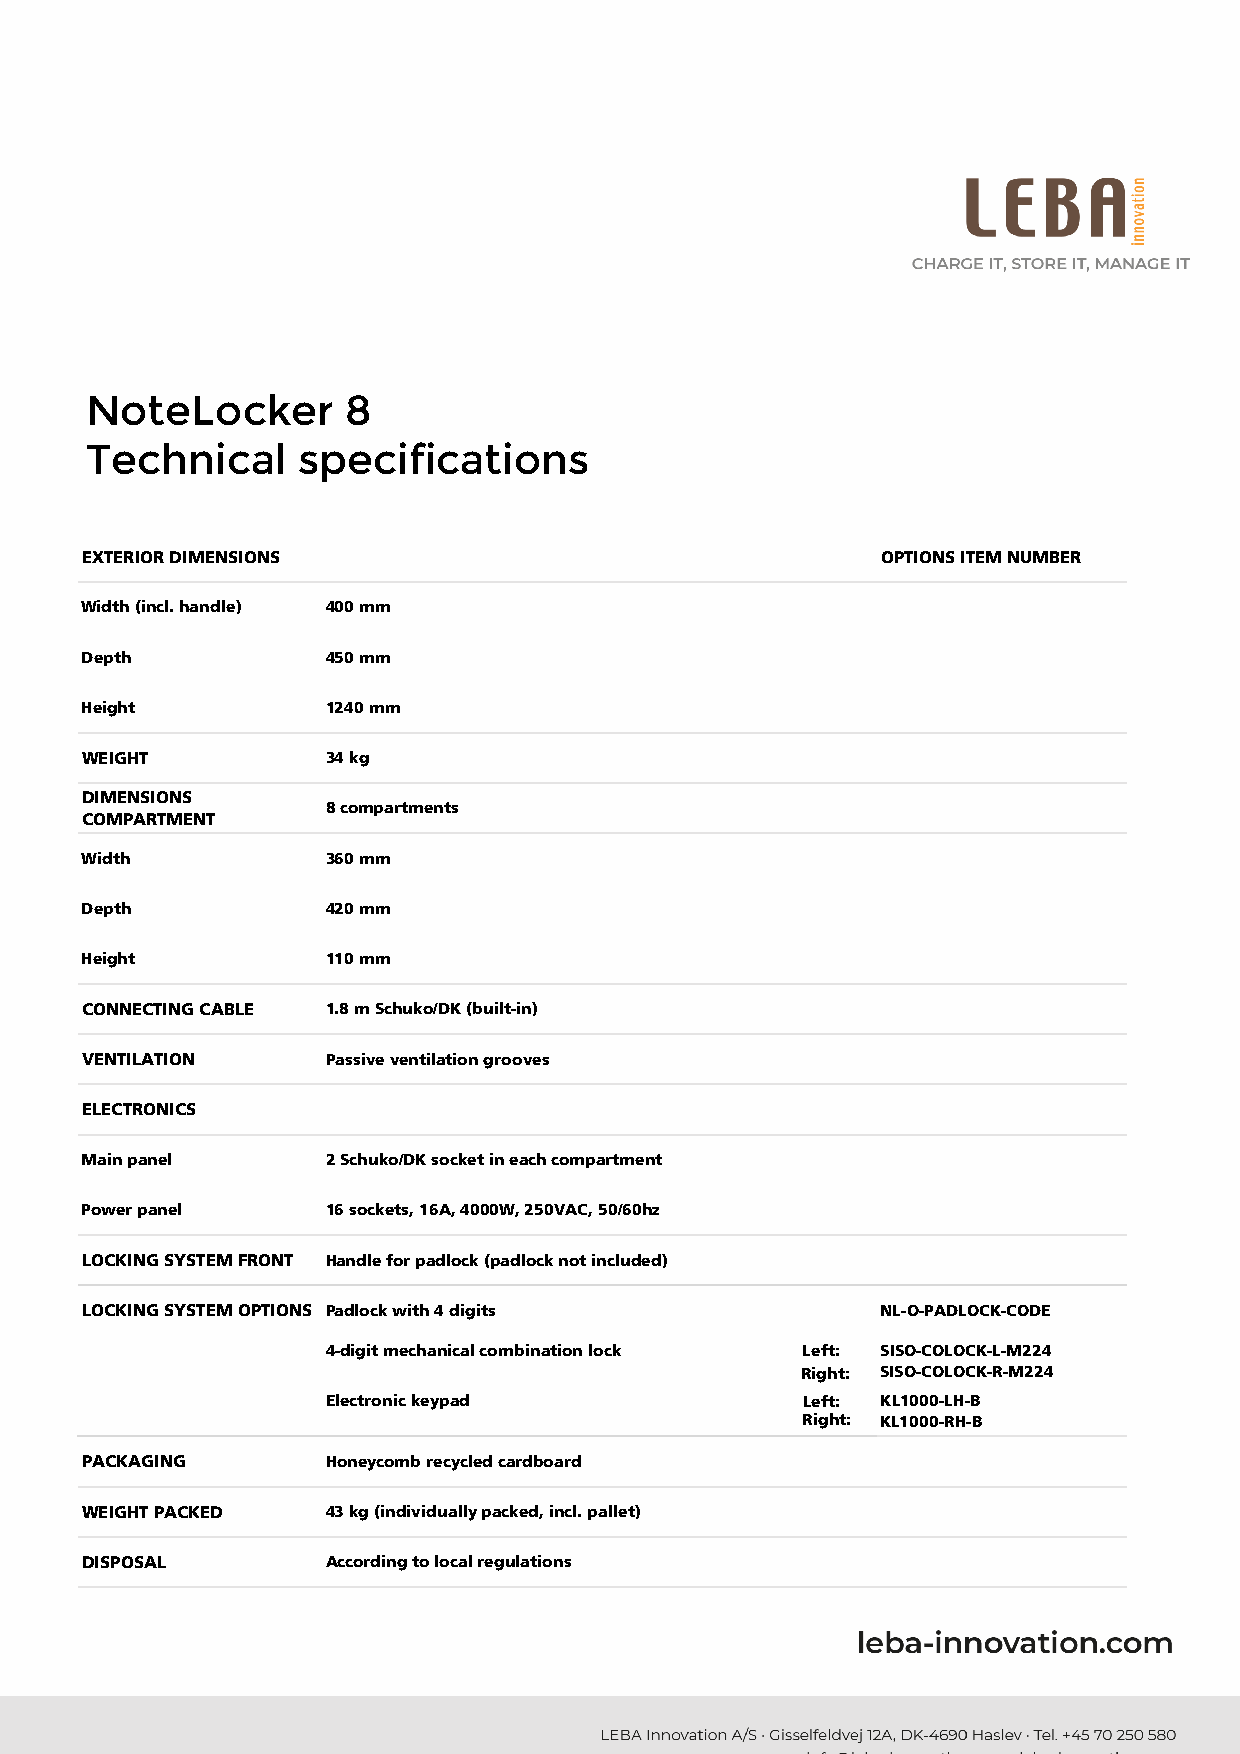
NoteLocker       8
 Technical     specifications
 EXTERIOR DIMENSIONS                                  OPTIONS ITEM NUMBER
 Width (incl. handle) 400 mm
 Depth           450 mm
 Height          1240 mm
 WEIGHT          34 kg
 DIMENSIONS
 8 compartments
 COMPARTMENT
 Width           360 mm
 Depth           420 mm
 Height          110 mm
 CONNECTING CABLE 1.8 m Schuko/DK (built-in)
 VENTILATION     Passive ventilation grooves
 ELECTRONICS
 Main panel      2 Schuko/DK socket in each compartment
 Power panel     16 sockets, 16A, 4000W, 250VAC, 50/60hz
 LOCKING SYSTEM FRONT Handle for padlock (padlock not included)
 LOCKING SYSTEM OPTIONS Padlock with 4 digits         NL-O-PADLOCK-CODE
 4-digit mechanical combination lock Left: SISO-COLOCK-L-M224
 Right: SISO-COLOCK-R-M224
 Electronic keypad               Left: KL1000-LH-B
 Right: KL1000-RH-B
 PACKAGING       Honeycomb recycled cardboard
 WEIGHT PACKED   43 kg (individually packed, incl. pallet)
 DISPOSAL        According to local regulations